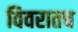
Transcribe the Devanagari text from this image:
विवरातच